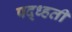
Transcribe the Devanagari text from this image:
पद्ध्हती